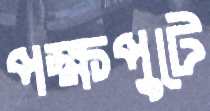
পক্ষপুটে